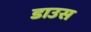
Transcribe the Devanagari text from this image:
डाउस